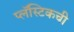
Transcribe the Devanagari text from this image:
प्लॅस्टिकची